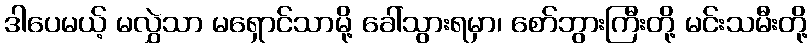
ဒါပေမယ့် မလွှဲသာ မရှောင်သာမို့ ခေါ်သွားရမှာ၊ စော်ဘွားကြီးတို့ မင်းသမီးတို့